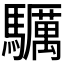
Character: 𩧃